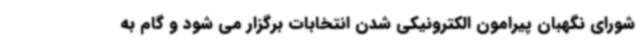
شورای نگهبان پیرامون الکترونیکی شدن انتخابات برگزار می شود و گام به